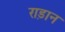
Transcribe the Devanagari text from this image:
राड़ान